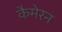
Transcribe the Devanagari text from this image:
कैमेरन